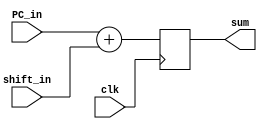
`timescale 1ns / 1ps
//////////////////////////////////////////////////////////////////////////////////
// Company: 
// Engineer: 
// 
// Design Name: 
// Module Name: Adder
// Project Name: 
// Target Devices: 
// Tool Versions: 
// Description: 
// 
// Dependencies: 
// 
// Revision:
// Revision 0.01 - File Created
// Additional Comments:
// 
//////////////////////////////////////////////////////////////////////////////////


module Adder(
    input clk,
    input [63:0] PC_in,
    input [63:0] shift_in,
    output reg [63:0] sum
    );
    always@(posedge clk)
        begin
        sum<= PC_in + shift_in;   // **check if we need to include overflow failsafes
        end
endmodule